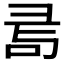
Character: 𢑔